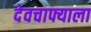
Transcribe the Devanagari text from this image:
देवचाफ्याला